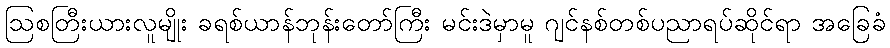
ဩစတြီးယားလူမျိုး ခရစ်ယာန်ဘုန်းတော်ကြီး မင်းဒဲမှာမူ ဂျင်နစ်တစ်ပညာရပ်ဆိုင်ရာ အခြေခံ